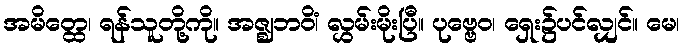
အမိတ္ထေ၊ ရန်သူတို့ကို။ အဇ္ဈဘဝိံ၊ လွှမ်းမိုးပြီ။ ပုဗ္ဗေဝ၊ ရှေး၌ပင်လျှင်။ မေ၊